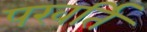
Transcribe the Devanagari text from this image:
परवर्ति